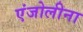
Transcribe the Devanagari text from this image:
एंजोलीना